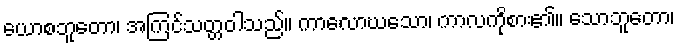
ယောစဘူတော၊ အကြင်သတ္တဝါသည်။ ကာလောဃသော၊ ကာလကိုစား၏။ သောဘူတော၊